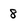
Character: 8